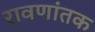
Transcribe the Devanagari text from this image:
रावणांतक